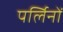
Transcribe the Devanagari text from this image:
पर्लिनों